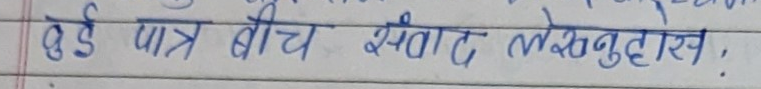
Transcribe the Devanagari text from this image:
दुई पात्र बीच संवाद लेख्नुहोस्,